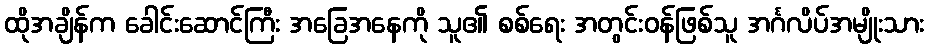
ထိုအချိန်က ခေါင်းဆောင်ကြီး အခြေအနေကို သူ၏ စစ်ရေး အတွင်းဝန်ဖြစ်သူ အင်္ဂလိပ်အမျိုးသား